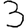
Digit: 3